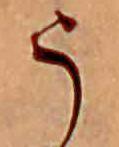
う